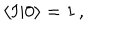
LaTeX: \langle I | 0 \rangle = 1 \, ,